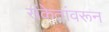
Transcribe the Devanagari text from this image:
संकेतांवरून